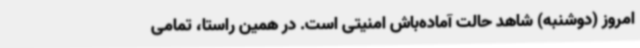
امروز (دوشنبه) شاهد حالت آماده‌باش امنیتی است. در همین راستا، تمامی